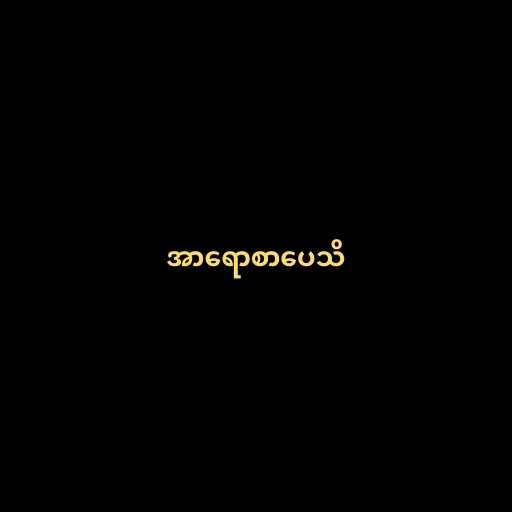
အာရောစာပေသိ